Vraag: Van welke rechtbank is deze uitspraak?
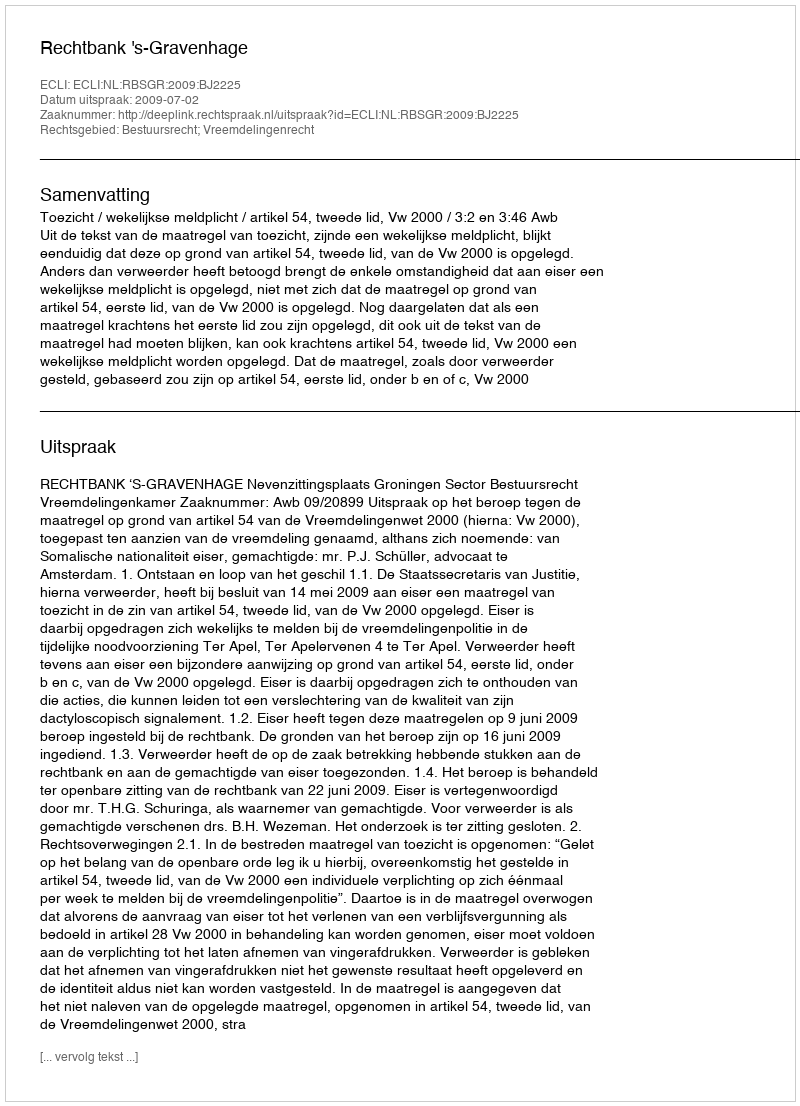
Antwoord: Rechtbank 's-Gravenhage